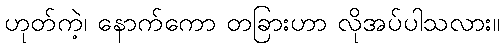
ဟုတ်ကဲ့၊ နောက်ကော တခြားဟာ လိုအပ်ပါသလား။